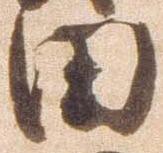
田